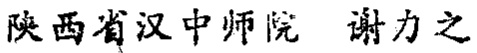
陕西省汉中师院 谢力之